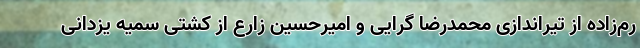
رم‌زاده از تیراندازی محمدرضا گرایی و امیرحسین زارع از کشتی سمیه یزدانی